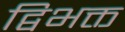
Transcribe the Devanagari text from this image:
द्विभक्त